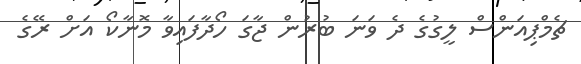
ޗެމްޕިއަންސް ލީގުގެ ދެ ވަނަ ބުރުން ޖާގަ ހޯދާފައިވާ މޮނާކޯ އަށް ރޭގެ